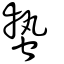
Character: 蟄